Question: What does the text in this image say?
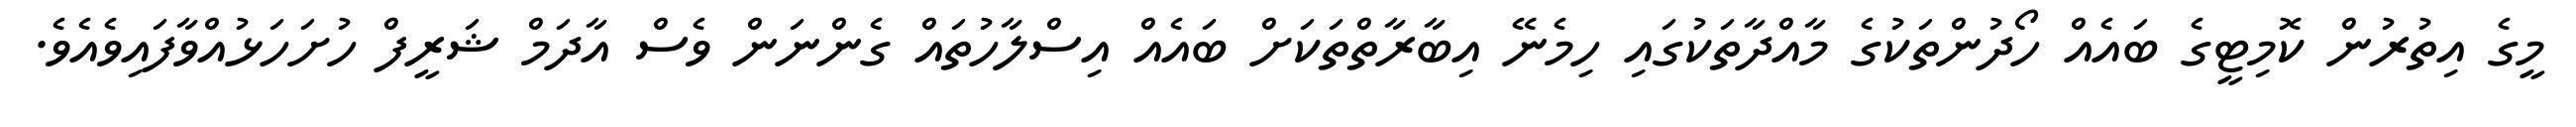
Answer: މީގެ އިތުރުން ކޮމިޓީގެ ބައެއް ހޯދުންތަކުގެ މާއްދާތަކުގައި ހިމެނޭ އިބާރާތްތަކަށް ބައެއް އިސްލާހުތައް ގެންނަން ވެސް އާދަމް ޝަރީފް ހުށަހަޅުއްވާފައިވެއެވެ.